65_HS1-834228961_62-HQ-83894_Section_2
Agency: FBI
Page 52
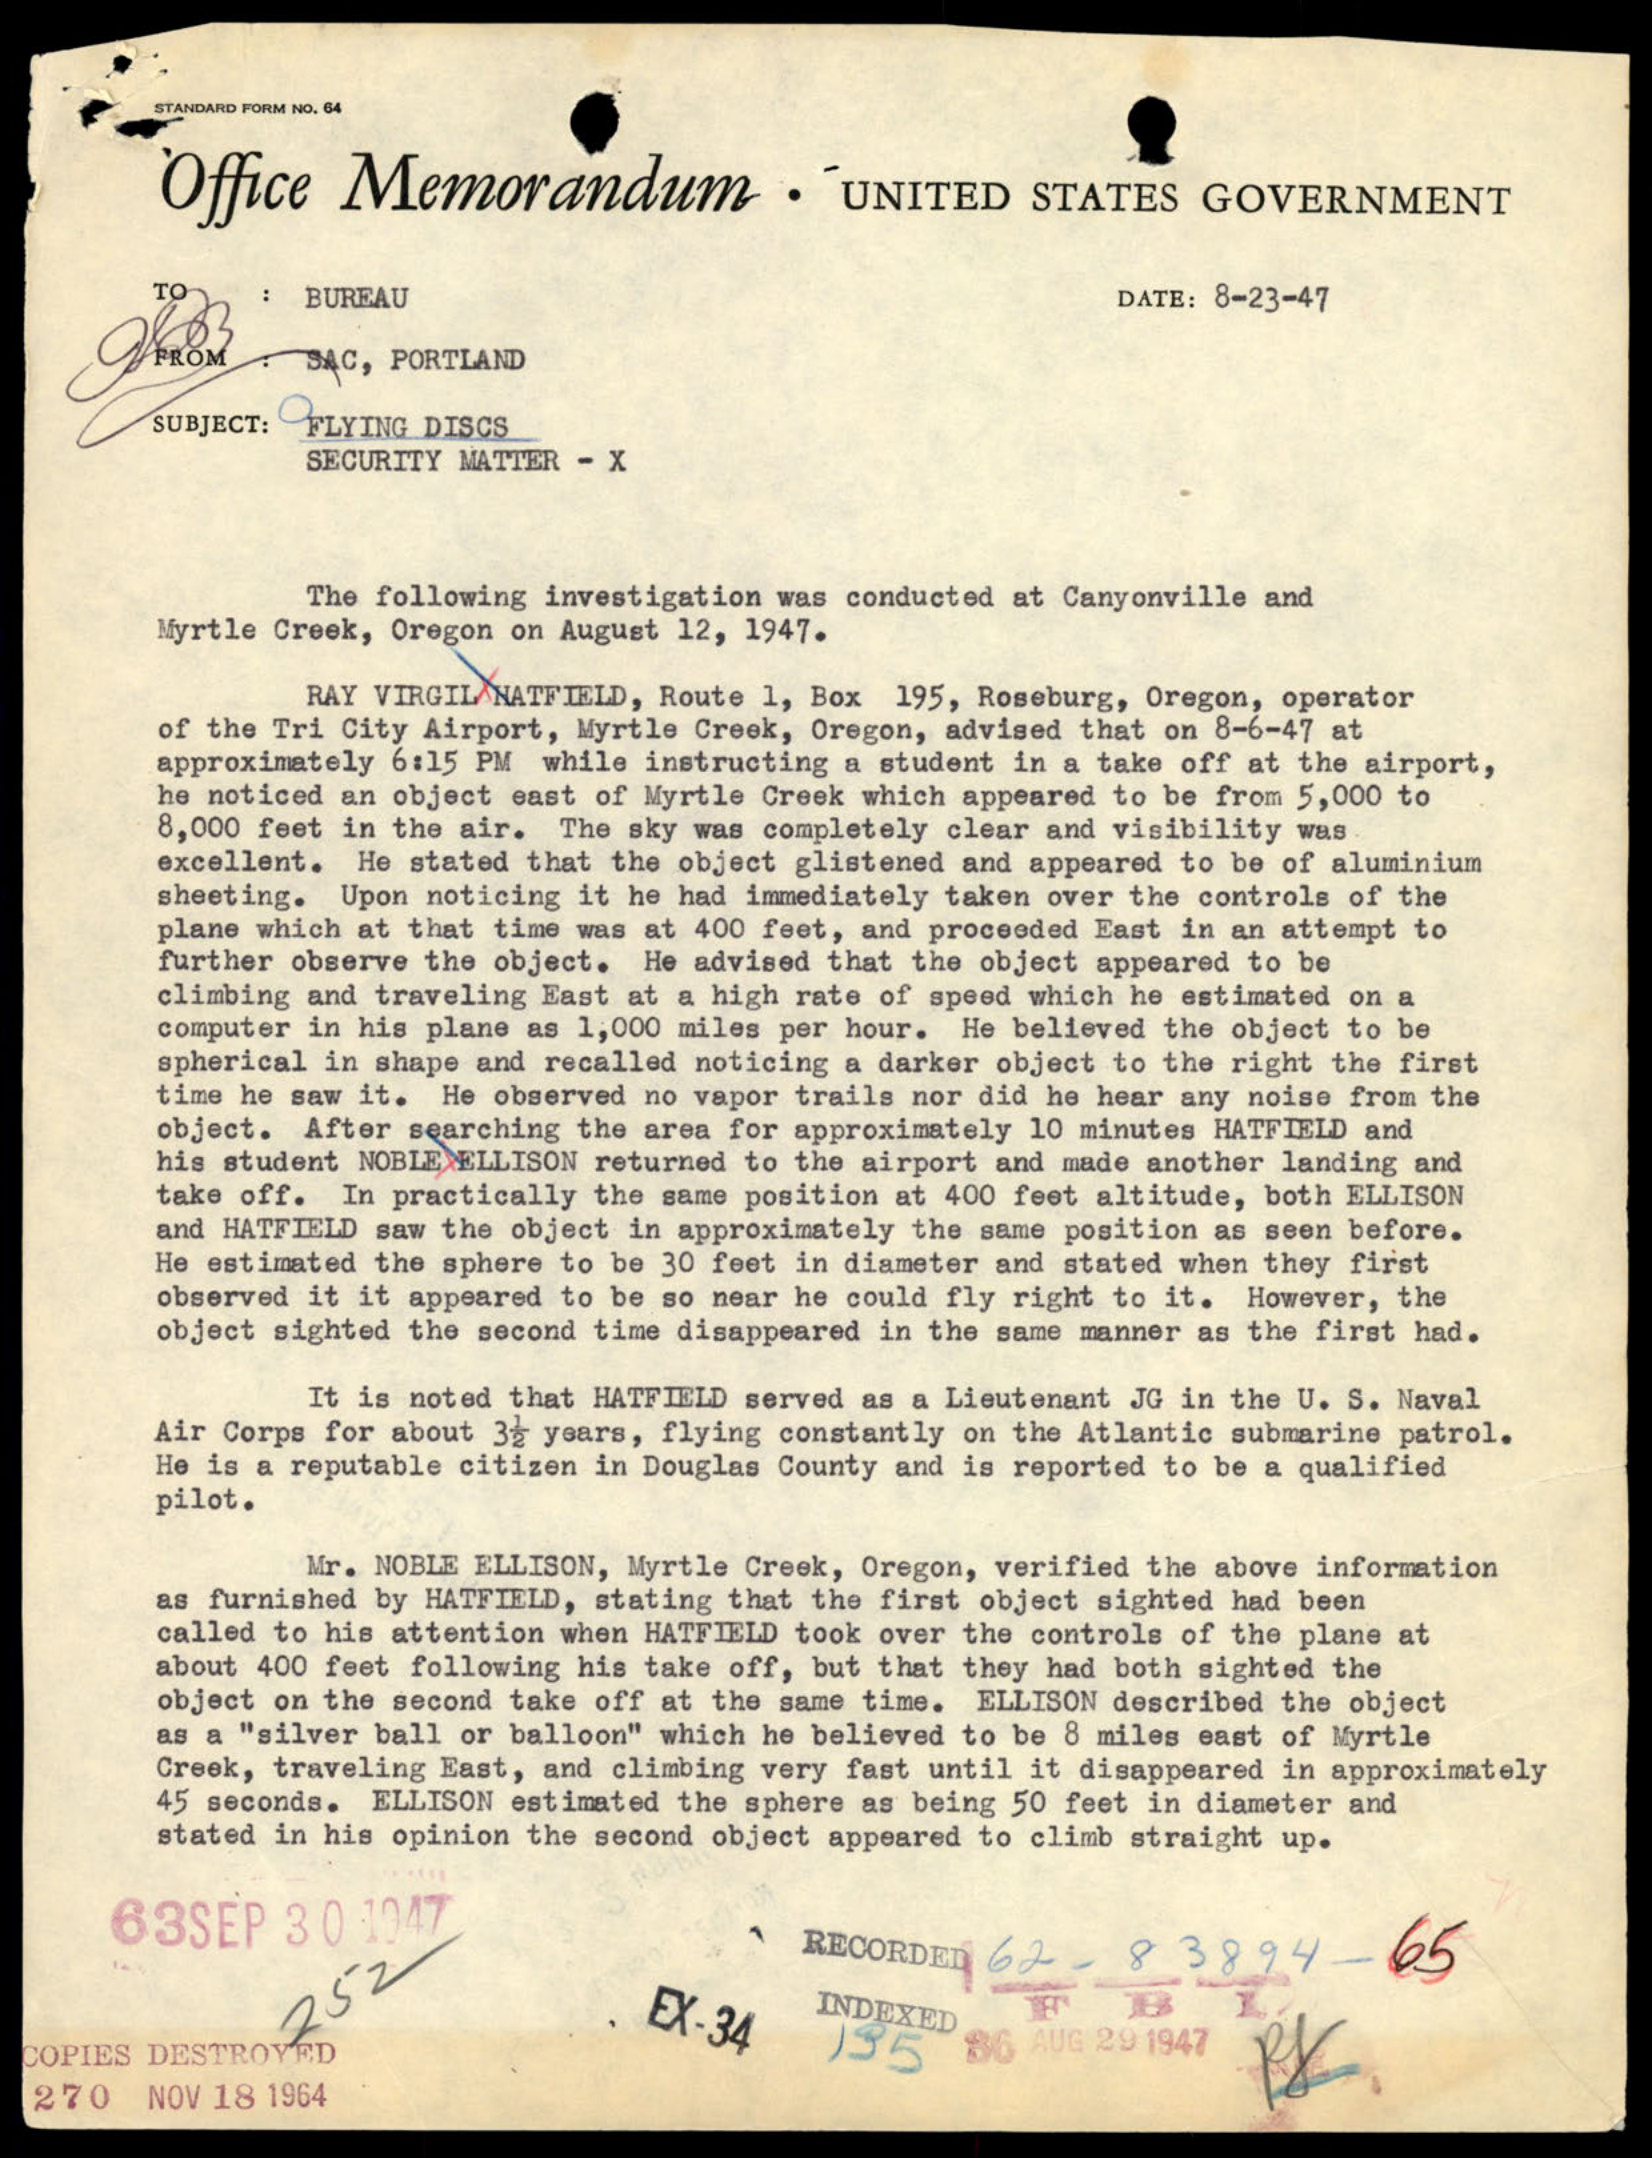